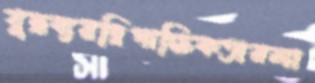
যুদ্ধব্যয়দ্বিপাক্ষিকতারলা